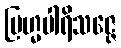
ဗြဟ္မပါရိသဇ္ဇေ